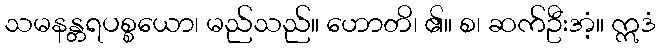
သမနန္တရပစ္စယော၊ မည်သည်။ ဟောတိ၊ ၏။ စ၊ ဆက်ဦးအံ့။ ဣဒံ